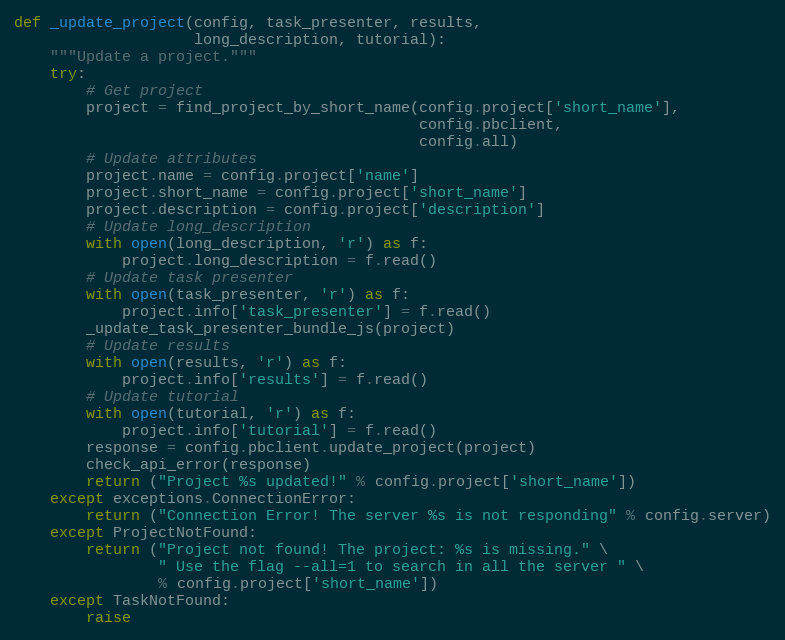
Language: Python
def _update_project(config, task_presenter, results,
                    long_description, tutorial):
    """Update a project."""
    try:
        # Get project
        project = find_project_by_short_name(config.project['short_name'],
                                             config.pbclient,
                                             config.all)
        # Update attributes
        project.name = config.project['name']
        project.short_name = config.project['short_name']
        project.description = config.project['description']
        # Update long_description
        with open(long_description, 'r') as f:
            project.long_description = f.read()
        # Update task presenter
        with open(task_presenter, 'r') as f:
            project.info['task_presenter'] = f.read()
        _update_task_presenter_bundle_js(project)
        # Update results
        with open(results, 'r') as f:
            project.info['results'] = f.read()
        # Update tutorial
        with open(tutorial, 'r') as f:
            project.info['tutorial'] = f.read()
        response = config.pbclient.update_project(project)
        check_api_error(response)
        return ("Project %s updated!" % config.project['short_name'])
    except exceptions.ConnectionError:
        return ("Connection Error! The server %s is not responding" % config.server)
    except ProjectNotFound:
        return ("Project not found! The project: %s is missing." \
                " Use the flag --all=1 to search in all the server " \
                % config.project['short_name'])
    except TaskNotFound:
        raise